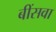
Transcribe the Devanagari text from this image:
बींसवा